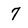
Character: 7